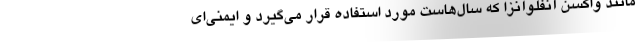
مانند واکسن آنفلوآنزا که سال‌هاست مورد استفاده قرار می‌گیرد و ایمنی‌ای